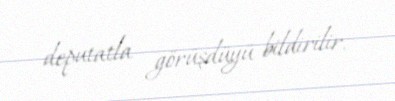
deputatla görüşdüyü bildirilir.